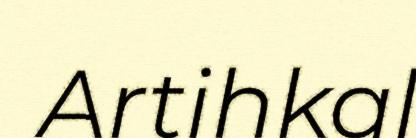
Artihkal